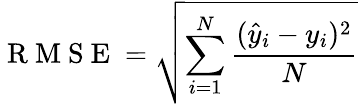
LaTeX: \mathrm{~R~M~S~E~}=\sqrt{\sum_{i=1}^{N}\frac{(\hat{y}_{i}-y_{i})^{2}}{N}}